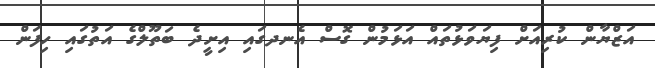
އަޒްޔާން ކުރިއަށް ފިޔަވަޅުތައް އަޅަމުން ގޮސް އެނދގައި އިށީދެ ބަތޫލްގެ އަތުގައި ހިފަން